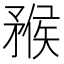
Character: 䂉